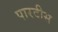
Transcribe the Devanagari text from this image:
पारदीस